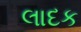
લાદક